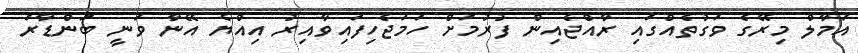
އަމާލް މިރޭގެ ވަގުތެއްގައި ރާއްޖެއިން ފުރުމަށް ހަމަޖެހިފައިވާއިރު އިއްޔެ އޭނާ ވަނީ ބަންޑާރަ